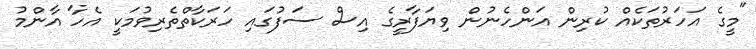
"މީގެ އަހަރުތަކެއް ކުރިން އަންހެނުން ވިޔަފާރީގެ އިސް ސަފުގައި ހަރަކާތްތެރިވުމަކީ އެހާ އާންމު